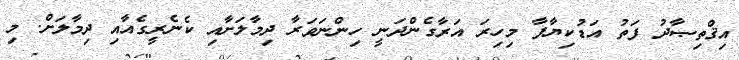
އިޤްތިޞާދު ފަތު އަޑުކިޔާފާ މިހިރަ އަރާގެންދަނީ ހިންނަވަރާ ދިމާލަށާއިި ކެނެރީގެއާއި ދިމާލަށް. މި